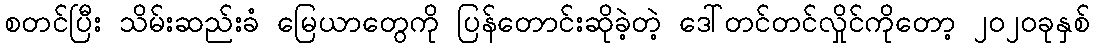
စတင်ပြီး သိမ်းဆည်းခံ မြေယာတွေကို ပြန်တောင်းဆိုခဲ့တဲ့ ဒေါ်တင်တင်လှိုင်ကိုတော့ ၂၀၂၀ခုနှစ်